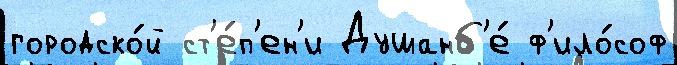
городско́й ст'е́п'ен'и Душанб'е́ ф'ило́соф